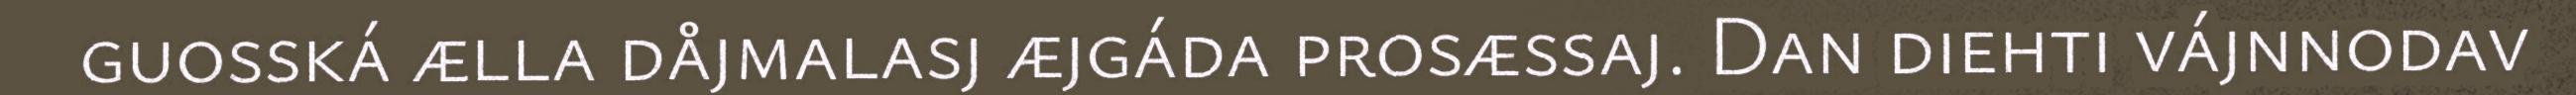
guosská ælla dåjmalasj æjgáda prosæssaj. Dan diehti vájnnodav